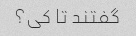
گفتند تا کی؟